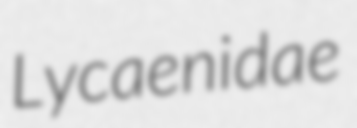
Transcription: Lycaenidae